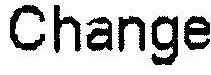
CHANGE